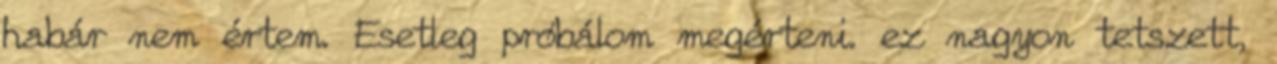
habár nem értem. Esetleg próbálom megérteni. ez nagyon tetszett,